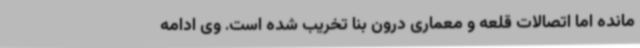
مانده اما اتصالات قلعه و معماری درون بنا تخریب شده است. وی ادامه